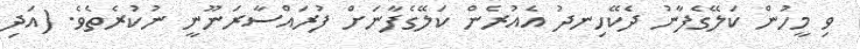
ވި މީހުން ކަލޭގެފާނު ދެކޭހިނދު އެއުރެން ކަލޭގެފާނަށް ފުރައްސާރަނޫނީ ނުކުރެތެވެ. (އަދި